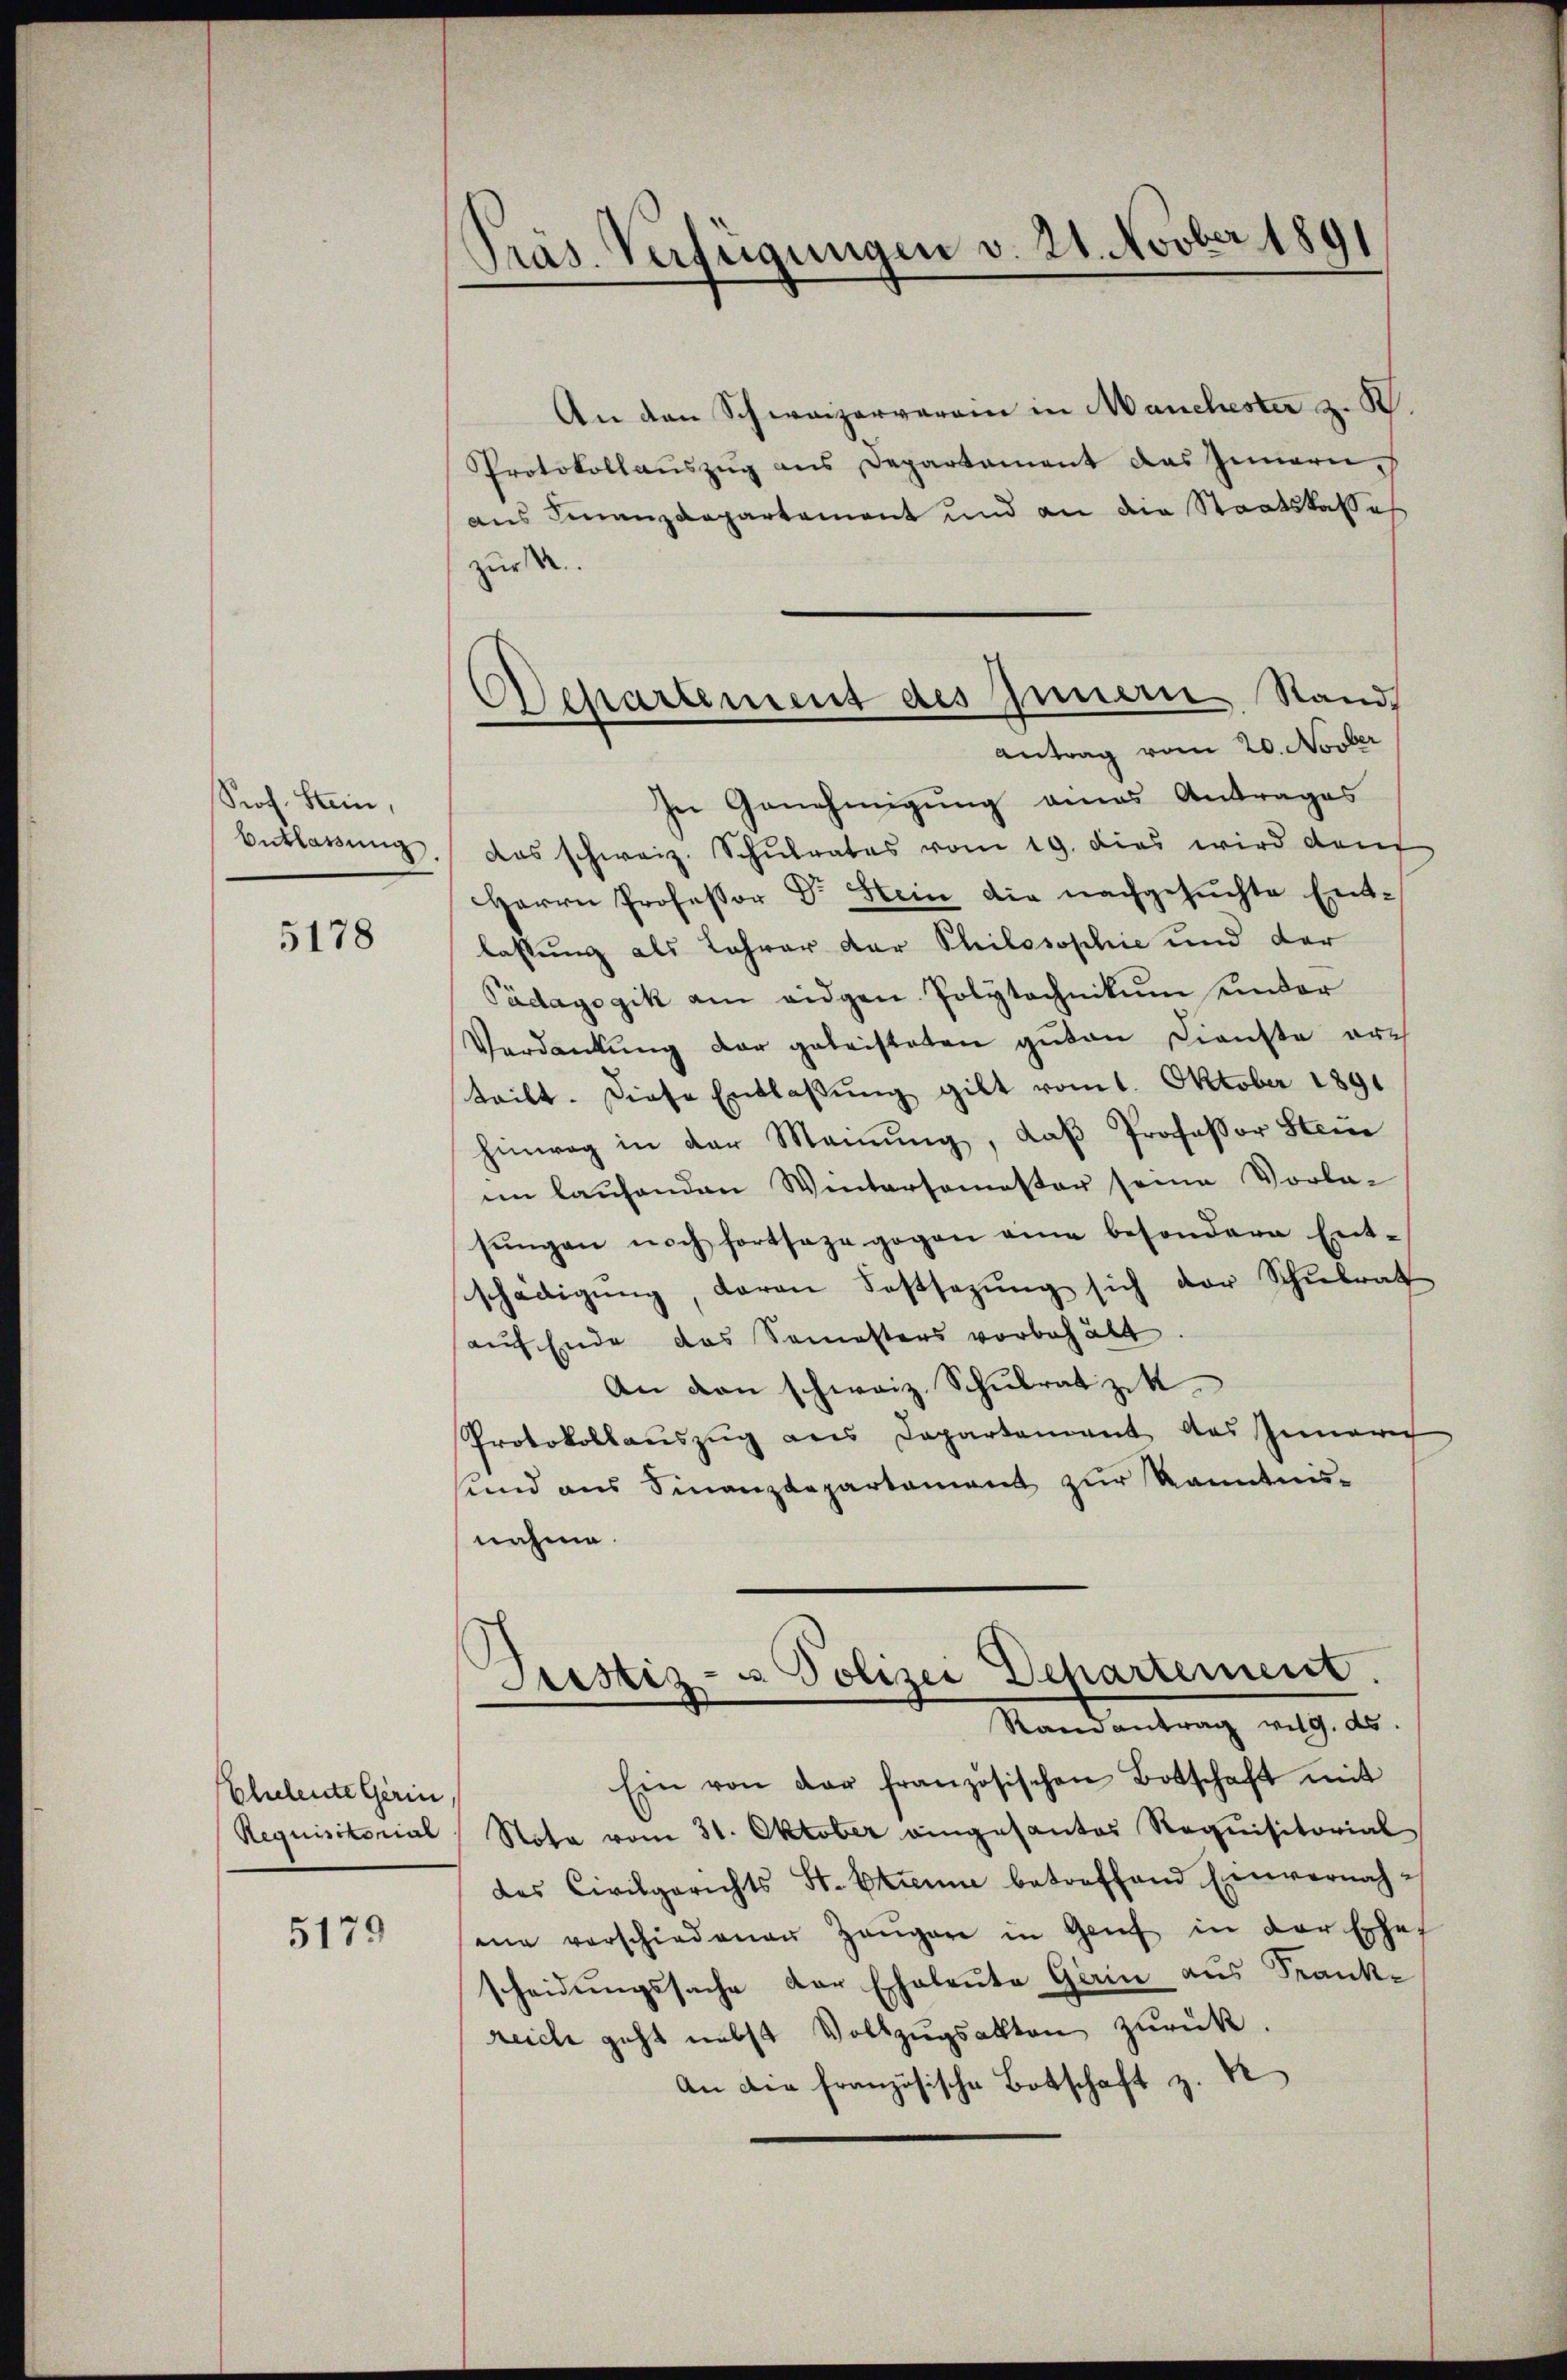
Prof. Stein,
Buklassung.

5178

Eheleute Gerin,

5179

Präs. Verfügungen v. 21. Novber 1891

An den Schweizerverein in Manchester z. B.
Protokollauszug aus Departement das Innern,
aus Finanzdepartament und an die Staatskasse
zur
In Genehmigung eines Antrages
das schweiz. Schulrates vom 19. dies wird dan
Herrn Professor Dr Stein die nachgesuchte Entlassung als Lehrer der Philosophie und der
Pädagogik am eidgen. Polytechnikum unter
Verdankŭng der geleisteten guten Dienste arch
teilt. Diese Entlaβŭng gilt vom 1. Oktober 1891
hinweg in der Meinŭng, daβ Professor Steine
im laufenden Wintersemester seine Vorlasŭngen noch fortsaze gegen eine besondere Ent-
schädigŭng, daran Festsezŭng sich der Schŭlrat
auf Ende das Semesters vorbehält
An den schweiz. Schulrat zu k
Protokollauszug aus Departement des Inner
sund aus Finanzdepartament zur Kenntnis-
nahme.
Justiz- u Polizei Departement.
Randantrag vig. ds.
Ein von der französischen Botschaft mit
Requisitorial, Nota vom 31. Oktober eingesantes Requisitorial
des Civilgerichts St. Etienm betreffend Einvernahme verschiedenen Zeŭgen in Genf in der Ehef
scheidŭngssache der Eheleute Gerin aus Frankreich geht nebst Vollzŭgsakten zurück.
An die französische Botschaft z.

Departement des Innern Stand
Antrag vom 20. Novber